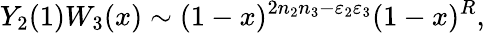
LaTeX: Y_{2}(1)W_{3}(x)\sim(1-x)^{2n_{2}n_{3}-\varepsilon_{2}\varepsilon_{3}}(1-x)^{R},